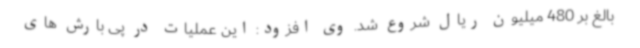
بالغ بر 480 میلیون ریال شروع شد. وی افزود: این عملیات در پی بارش های